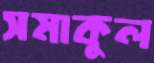
সমাকুল